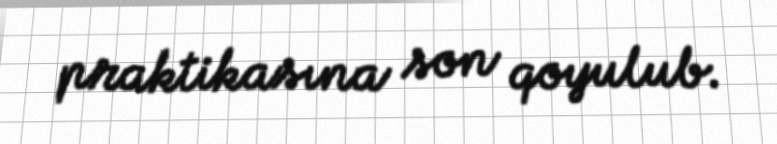
praktikasına son qoyulub.